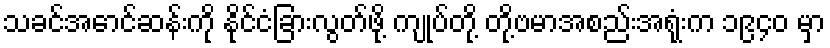
သခင်အောင်ဆန်းကို နိုင်ငံခြားလွတ်ဖို့ ကျုပ်တို့ တို့ဗမာအစည်းအရုံးက ၁၉၄၀ မှာ